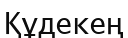
Құдекең